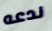
ندعه